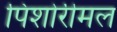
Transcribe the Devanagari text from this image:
पिशोरीमल